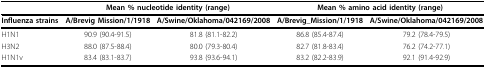
<table><thead><tr><td></td><td colspan="2"><b>Mean % nucleotide identity (range)</b></td><td colspan="2"><b>Mean % amino acid identity (range)</b></td></tr></thead><tbody><tr><td><b>Influenza strains</b></td><td><b>A/Brevig Mission/1/1918</b></td><td><b>A/Swine/Oklahoma/042169/2008</b></td><td><b>A/Brevig_Mission/1/1918</b></td><td><b>A/Swine/Oklahoma/042169/2008</b></td></tr><tr><td>H1N1</td><td>90.9 (90.4-91.5)</td><td>81.8 (81.1-82.2)</td><td>86.8 (85.4-87.4)</td><td>79.2 (78.4-79.5)</td></tr><tr><td>H3N2</td><td>88.0 (87.5-88.4)</td><td>80.0 (79.3-80.4)</td><td>82.7 (81.8-83.4)</td><td>76.2 (74.2-77.1)</td></tr><tr><td>H1N1v</td><td>83.4 (83.1-83.7)</td><td>93.8 (93.6-94.1)</td><td>83.2 (82.2-83.9)</td><td>92.1 (91.4-92.9)</td></tr></tbody></table>